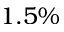
1 . 5 \%